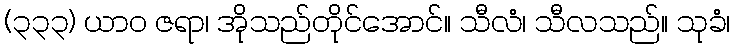
(၃၃၃) ယာဝ ဇရာ၊ အိုသည်တိုင်အောင်။ သီလံ၊ သီလသည်။ သုခံ၊